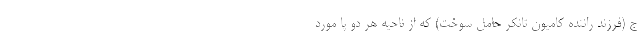
ج (فرزند راننده کامیون تانکر حامل سوخت) که از ناحیه هر دو پا مورد